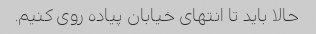
حالا باید تا انتهای خیابان پیاده روی کنیم.